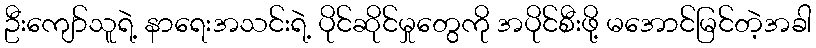
ဦးကျော်သူရဲ့ နာရေးအသင်းရဲ့ ပိုင်ဆိုင်မှုတွေကို အပိုင်စီးဖို့ မအောင်မြင်တဲ့အခါ